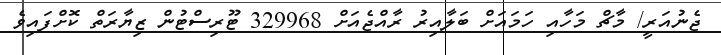
ޖެނުއަރީ/ މާޗް މަހާއި ހަމައަށް ބަލާއިރު ރާއްޖެއަށް 329968 ޓޫރިސްޓުން ޒިޔާރަތް ކޮށްފައިވެ